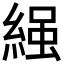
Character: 𮈩